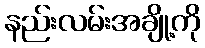
နည်းလမ်းအချို့ကို